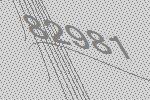
82981